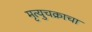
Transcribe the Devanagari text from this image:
मृत्युचक्राचा